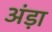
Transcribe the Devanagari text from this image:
अंड़ा